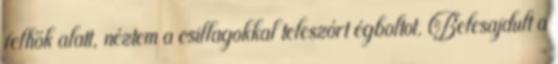
felhők alatt, néztem a csillagokkal teleszórt égboltot. Belesajdult a